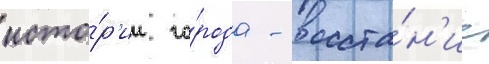
исто́р'ии го́рода - восста́н'ие